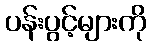
ပန်းပွင့်များကို